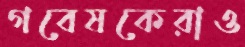
গবেষকেরাও